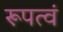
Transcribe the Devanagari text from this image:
रूपत्वं